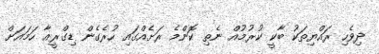
ދިވެހި ރައްޔިތަކު ބާކީ ކުރުމުއް ނެތި ކޮންމެ ރަށެއްގައި ހުރެގެން ޑިގްރީއާ ހަމައަށް